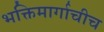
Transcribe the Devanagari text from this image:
भक्तिमार्गाचीच